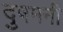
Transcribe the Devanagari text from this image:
दुषमनी